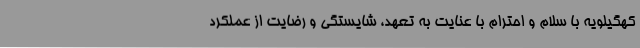
کهگیلویه با سلام و احترام با عنایت به تعهد، شایستگی و رضایت از عملکرد